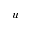
\boldsymbol { u }